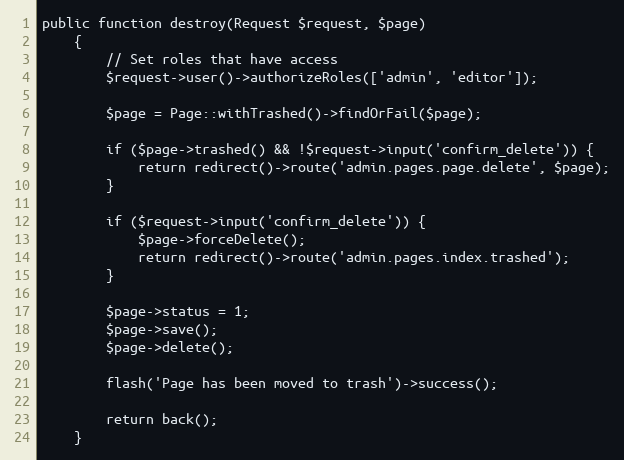
Language: PHP
public function destroy(Request $request, $page)
    {
        // Set roles that have access
        $request->user()->authorizeRoles(['admin', 'editor']);

        $page = Page::withTrashed()->findOrFail($page);

        if ($page->trashed() && !$request->input('confirm_delete')) {
            return redirect()->route('admin.pages.page.delete', $page);
        }

        if ($request->input('confirm_delete')) {
            $page->forceDelete();
            return redirect()->route('admin.pages.index.trashed');
        }

        $page->status = 1;
        $page->save();
        $page->delete();

        flash('Page has been moved to trash')->success();

        return back();
    }